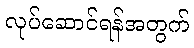
လုပ်ဆောင်ရန်အတွက်